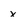
Character: x